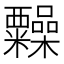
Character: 𥽹